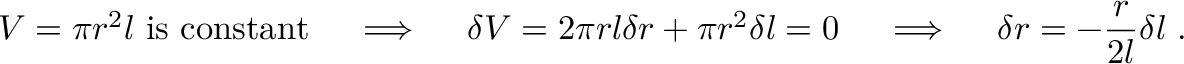
V = \pi r ^ { 2 } l { \mathrm { ~ i s ~ c o n s t a n t } } \quad \implies \quad \delta V = 2 \pi r l \delta r + \pi r ^ { 2 } \delta l = 0 \quad \implies \quad \delta r = - { \frac { r } { 2 l } } \delta l ~ .